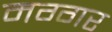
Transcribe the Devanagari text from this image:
मग्गर